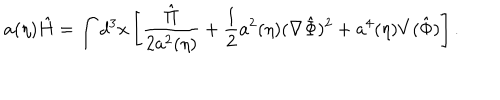
LaTeX: a ( \eta ) \hat { H } = \int d ^ { 3 } x \left[ \frac { \hat { \Pi } } { 2 a ^ { 2 } ( \eta ) } + \frac { 1 } { 2 } a ^ { 2 } ( \eta ) ( \nabla \hat { \Phi } ) ^ { 2 } + a ^ { 4 } ( \eta ) V ( \hat { \Phi } ) \right] .